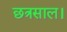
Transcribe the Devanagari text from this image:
छत्रसाल।